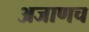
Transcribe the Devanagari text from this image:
अजाणच